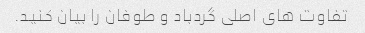
تفاوت های اصلی گردباد و طوفان را بیان کنید.